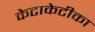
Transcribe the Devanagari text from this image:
केटाकेटीका